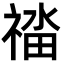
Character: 䄕